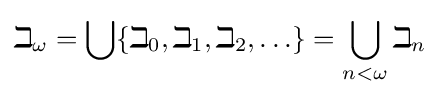
\beth _{\omega }=\bigcup \{\beth _{0},\beth _{1},\beth _{2},\ldots \}=\bigcup _{n<\omega }\beth _{n}